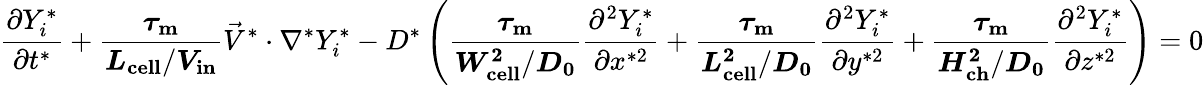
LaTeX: \frac{\partial Y_{i}^{*}}{\partial t^{*}}+\boldsymbol{\frac{\tau_{\mathrm{{m}}}}{L_{\mathrm{{cell}}}/V_{\mathrm{in}}}}\vec{V}^{*}\cdot\nabla^{*}Y_{i}^{*}-D^{*}\left(\boldsymbol{\frac{\tau_{\mathrm{m}}}{W_{\mathrm{{cell}}}^{2}/D_{0}}}\frac{\partial^{2}Y_{i}^{*}}{\partial x^{*2}}+\boldsymbol{\frac{\tau_{\mathrm{m}}}{L_{\mathrm{{cell}}}^{2}/D_{0}}}\frac{\partial^{2}Y_{i}^{*}}{\partial y^{*2}}+\boldsymbol{\frac{\tau_{\mathrm{m}}}{H_{\mathrm{{ch}}}^{2}/D_{0}}}\frac{\partial^{2}Y_{i}^{*}}{\partial z^{*2}}\right)=0